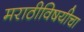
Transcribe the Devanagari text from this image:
मराठीविषयीचा